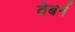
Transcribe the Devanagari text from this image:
वेबर्न